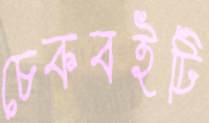
চেকবইটি